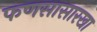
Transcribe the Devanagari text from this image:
फणसासारखा